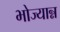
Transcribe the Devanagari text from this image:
भोज्यान्न